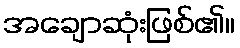
အချောဆုံးဖြစ်၏။